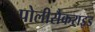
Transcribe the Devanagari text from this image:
पोलीसैकराइड